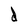
Character: d